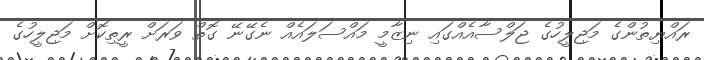
ރައްޔިތުންގެ މަޖިލީހުގެ ޖަލްސާއެއްގައި ނިޒާމީ މައްސަލައެއް ނެގޭނޭ ގޮތް ވަރަށް ރީތިކޮށް މަޖިލީހުގެ